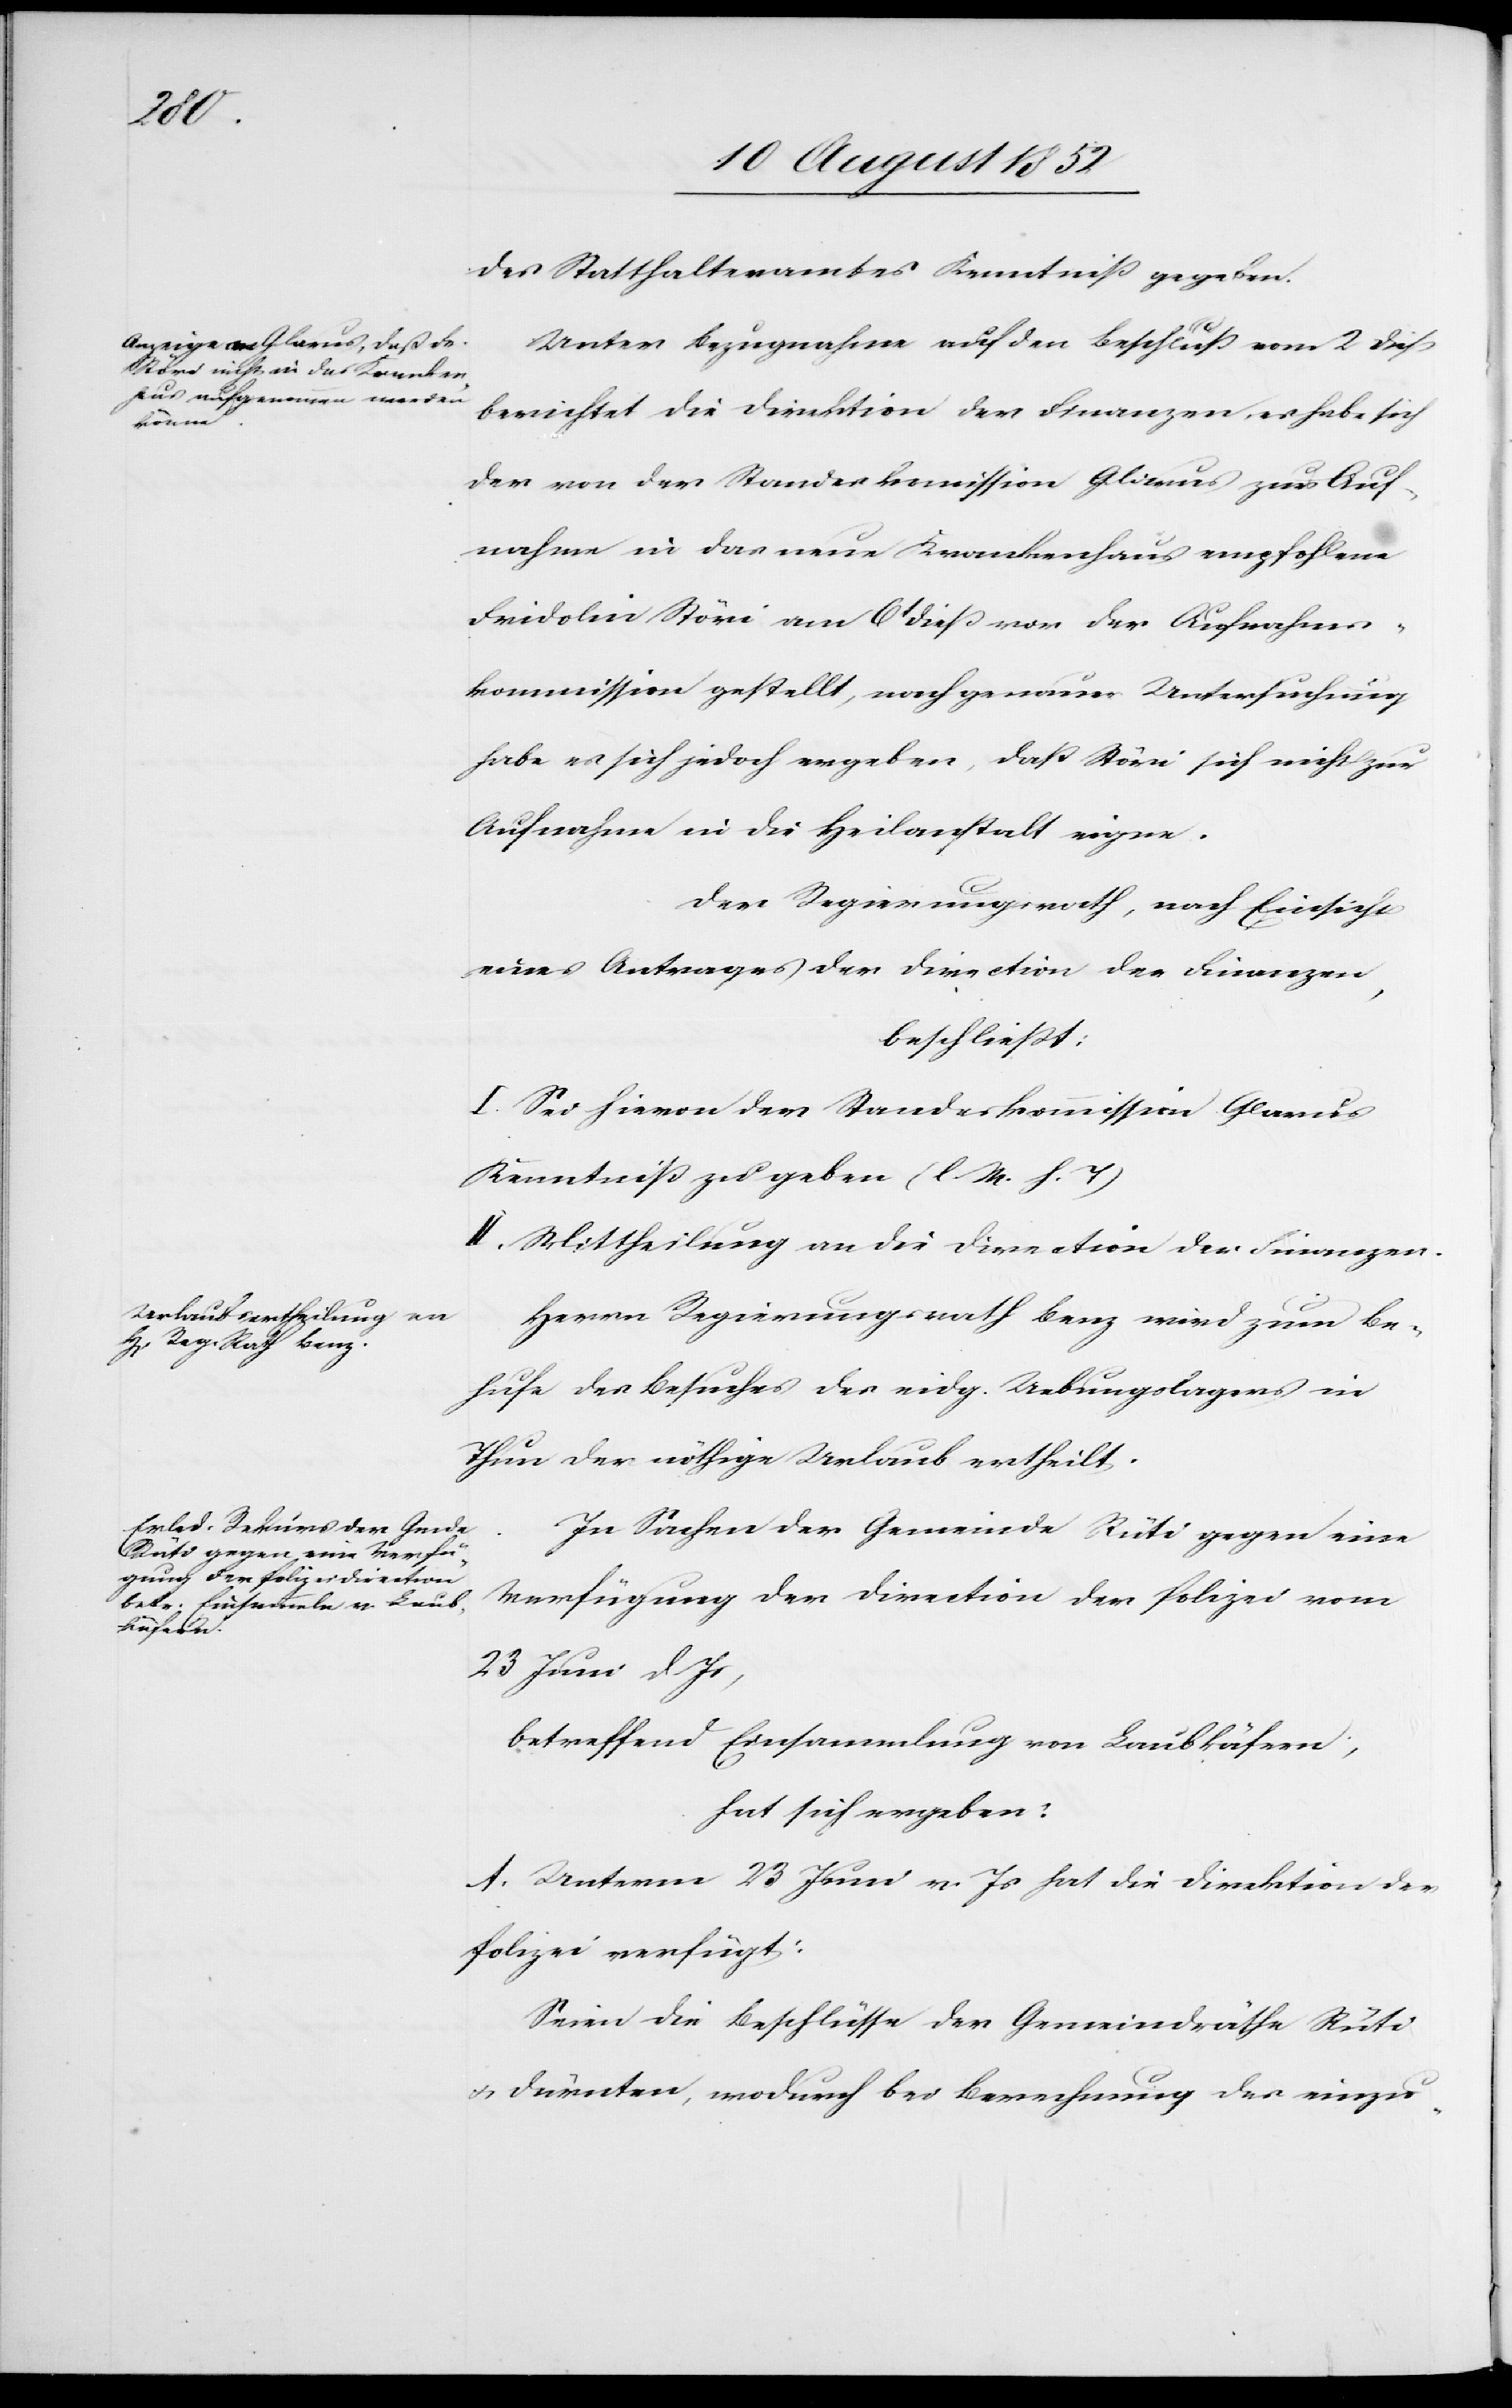
des Statthalteramtes Kenntniß gegeben.
Unter Bezugnahme auf den Beschluß vom 2 dieß
berichtet die Direktion der Finanzen, es habe sich
der von der Standeskom[m]ission Glarus zur Auf¬
nahme in das neue Krankenhaus empfohlene
Fridolin Störi am 6t dieß vor der Aufnahms¬
kommission gestellt, nach genauer Untersuchung
habe es sich jedoch ergeben, daß Störi sich nicht zur
Aufnahme in die Heilanstalt eigne.
Der Regierungsrath, nach Einsicht
eines Antrages der Direction der Finanzen,
beschließt:
I. Sei hievon der Standeskommission Glarus
Kenntniß zu geben (l. M. h. T)
II. Mittheilung an die Direction der Finanzen.
Herrn Regierungsrath Benz wird zum Be¬
hufe des Besuches des eidg. Uebungslagers in
Thun der nöthige Urlaub ertheilt.
In Sachen der Gemeinde Rüti gegen eine
Verfügung der Direction der Polizei vom
23 Juni d Js,
betreffend Einsammlung von Laubkäfern;
hat sich ergeben:
A. Unterm 23 Juni v. Js hat die Direktion der
Polizei verfügt:
Seien die Beschlüsse der Gemeindräthe Rüti
& Dürnten, wodurch bei Berechnung des einzu-